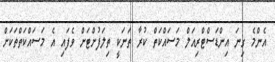
އެންމެ ގިނަ އިންޑަސްޓްރިއަލް މަސައްކަތް ކުރާ ތަނަކީ ތިލަފުށްޓަށް ވެފައި އެ މަސައްކަތްތަކަށް